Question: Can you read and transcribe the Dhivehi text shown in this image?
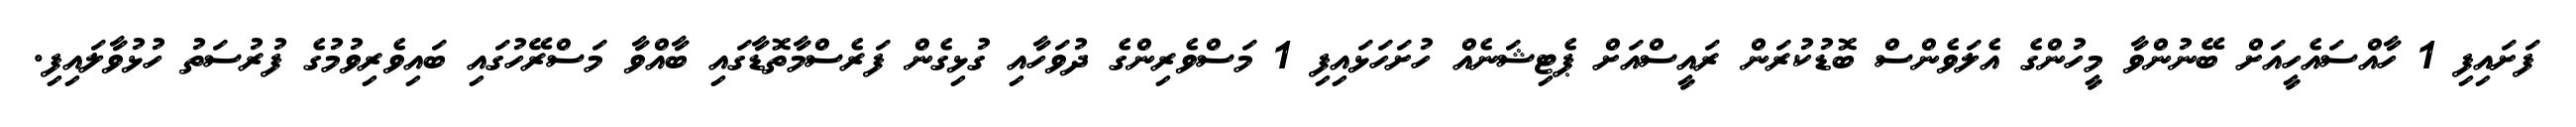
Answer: ފަށައިފި 1 ހާއްސައެހީއަށް ބޭނުންވާ މީހުންގެ އެލަވެންސް ބޮޑުކުރަން ރައީސްއަށް ޕެޓިޝަނެއް ހުށަހަޅައިފި 1 މަސްވެރިންގެ ދުވަހާއި ގުޅިގެން ފަރެސްމާތޮޑާގައި ބާއްވާ މަސްރޭހުގައި ބައިވެރިވުމުގެ ފުރުސަތު ހުޅުވާލައިފި.